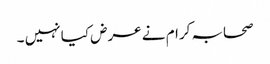
صحابہ کرام نے عرض کیا نہیں ۔